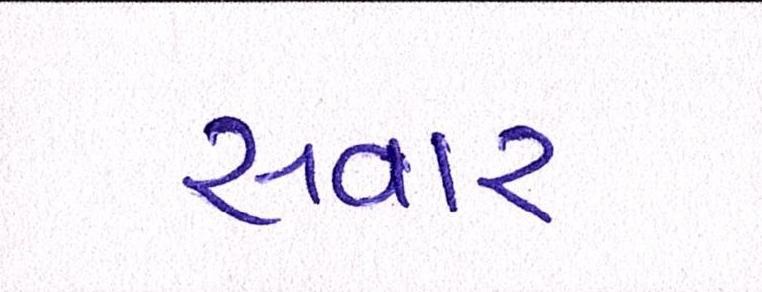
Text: સવાર